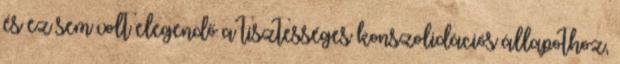
és ez sem volt elegendő a tisztességes konszolidációs állapothoz,